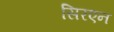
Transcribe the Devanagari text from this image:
सिरएन